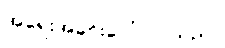
အရေးအခင်းပေါ်လာသည်။